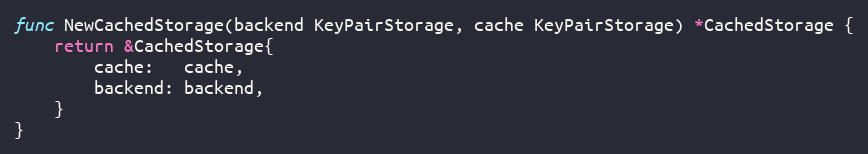
Language: Go
func NewCachedStorage(backend KeyPairStorage, cache KeyPairStorage) *CachedStorage {
	return &CachedStorage{
		cache:   cache,
		backend: backend,
	}
}